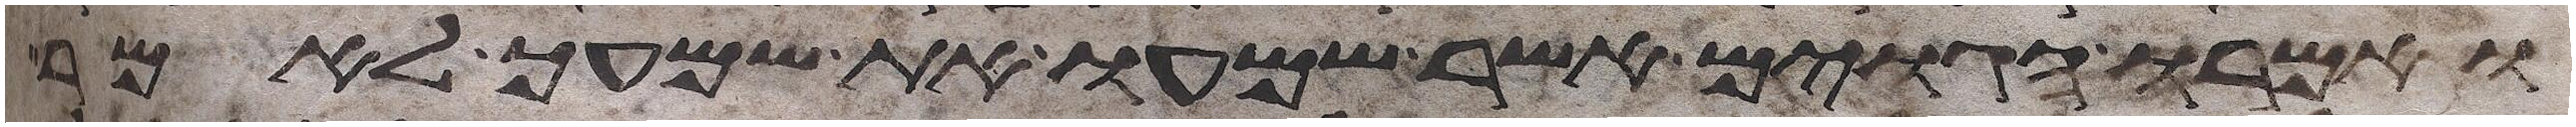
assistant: ואמרו הגוים אשר שמעו את שמעך לאמר